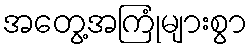
အတွေ့အကြုံများစွာ